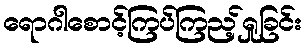
ရောဂါစောင့်ကြပ်ကြည့်ရှုခြင်း